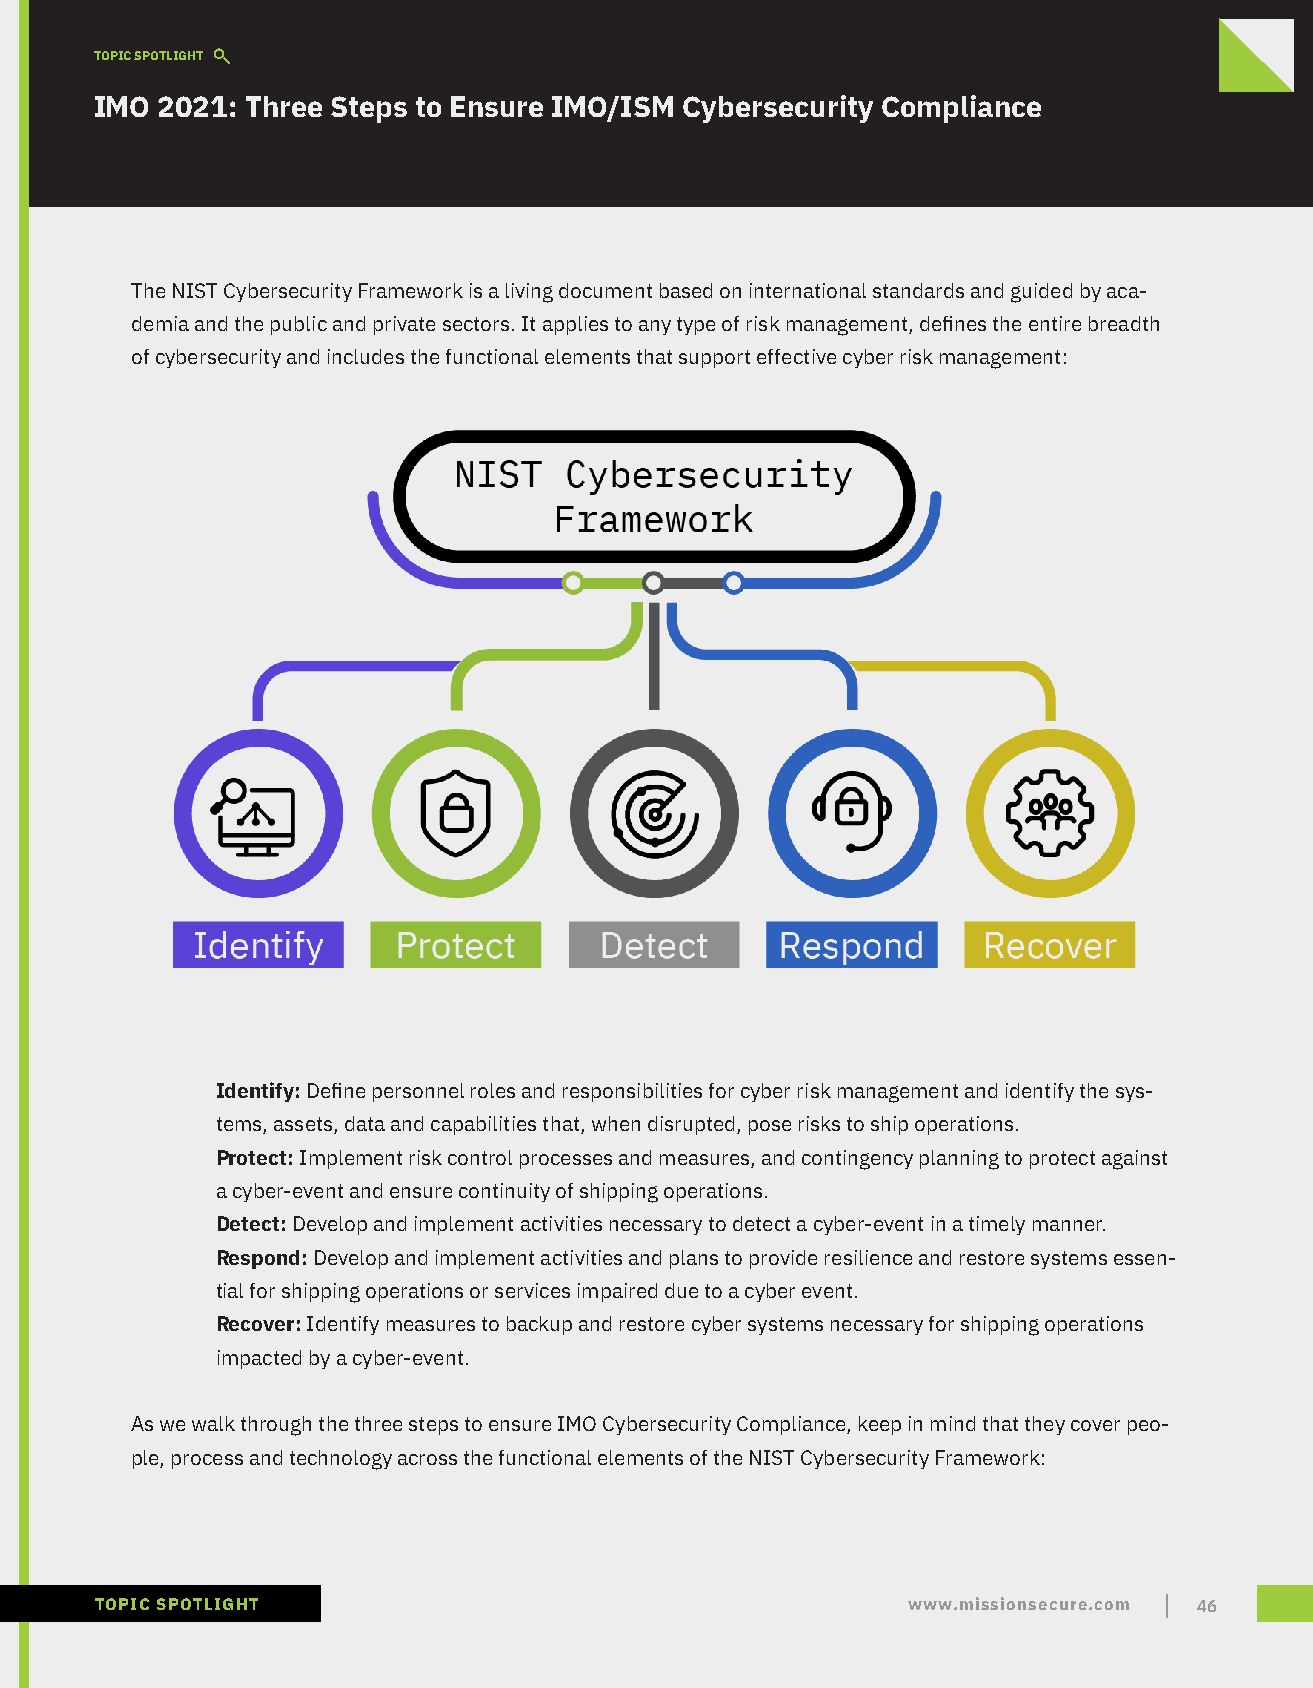
TOPIC SPOTLIGHT
 IMO 2021: Three Steps to Ensure IMO/ISM Cybersecurity Compliance
 The NIST Cybersecurity Framework is a living document based on international standards and guided by aca-
 demia and the public and private sectors. It applies to any type of risk management, defines the entire breadth
 of cybersecurity and includes the functional elements that support effective cyber risk management:
 Identify: Define personnel roles and responsibilities for cyber risk management and identify the sys-
 tems, assets, data and capabilities that, when disrupted, pose risks to ship operations.
 Protect: Implement risk control processes and measures, and contingency planning to protect against
 a cyber-event and ensure continuity of shipping operations.
 Detect: Develop and implement activities necessary to detect a cyber-event in a timely manner.
 Respond: Develop and implement activities and plans to provide resilience and restore systems essen-
 tial for shipping operations or services impaired due to a cyber event.
 Recover: Identify measures to backup and restore cyber systems necessary for shipping operations
 impacted by a cyber-event.
 As we walk through the three steps to ensure IMO Cybersecurity Compliance, keep in mind that they cover peo-
 ple, process and technology across the functional elements of the NIST Cybersecurity Framework:
 TOPIC SPOTLIGHT                                       www.missionsecure.com 46